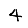
Digit: 4